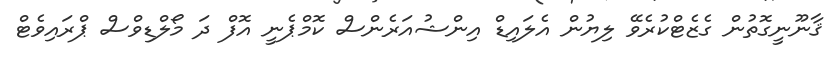
ޤާނޫނީގޮތުން ގެޒެޓްކުރެވޭ ލިޔުން އެލައިޑް އިންޝުއަރެންސް ކޮމްޕެނީ އޮފް ދަ މޯލްޑިވްސް ޕްރައިވެޓް